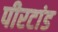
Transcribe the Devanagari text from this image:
पीरटांड